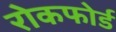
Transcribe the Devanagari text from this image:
रोकफोर्ड